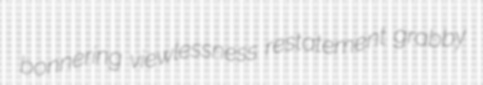
bonnering viewlessness restatement grabby